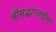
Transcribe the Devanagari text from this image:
श्रीमद्भागवद्गीता